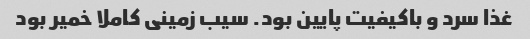
غذا سرد و باکیفیت پایین بود. سیب زمینی کاملا خمیر بود